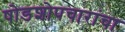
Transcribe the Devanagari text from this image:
षोडशोपचारांचा